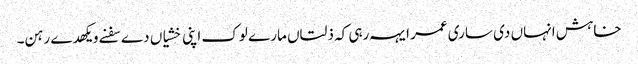
خاہش انہاں دی ساری عمر ایہہ رہی کہ ذلتاں مارے لوک اپنی خشیاں دے سفنے ویکھدے رہن۔